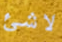
لاشئ